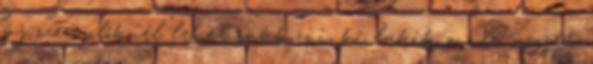
új szereplőknél lehet sakkozni, ki lakik a név mögött.